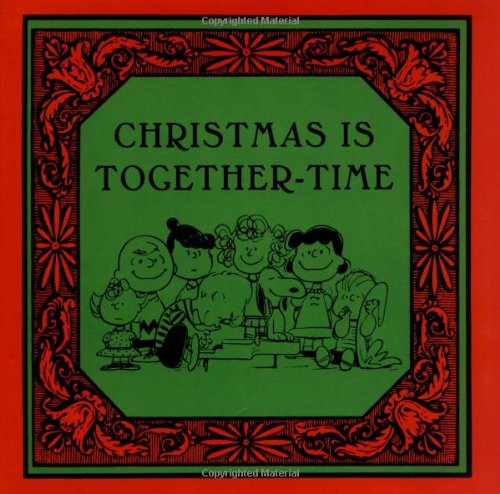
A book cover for Christmas Is Together-Time (Peanuts); Charles M. Schulz; Comics & Graphic Novels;